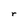
Character: r